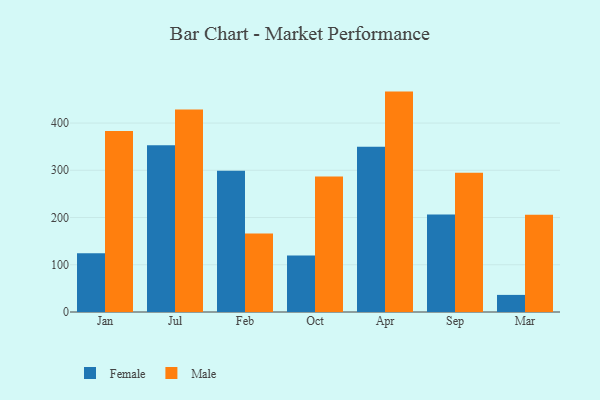
{"axis": {"x": "Month", "y": "Website Visitors"}, "legend": ["Female", "Male"], "data": [{"x": "Jan", "y": 124.6, "type": "Female"}, {"x": "Jan", "y": 383.0, "type": "Male"}, {"x": "Jul", "y": 353.2, "type": "Female"}, {"x": "Jul", "y": 428.5, "type": "Male"}, {"x": "Feb", "y": 299.2, "type": "Female"}, {"x": "Feb", "y": 166.2, "type": "Male"}, {"x": "Oct", "y": 119.4, "type": "Female"}, {"x": "Oct", "y": 286.7, "type": "Male"}, {"x": "Apr", "y": 349.6, "type": "Female"}, {"x": "Apr", "y": 466.6, "type": "Male"}, {"x": "Sep", "y": 206.4, "type": "Female"}, {"x": "Sep", "y": 294.9, "type": "Male"}, {"x": "Mar", "y": 36.2, "type": "Female"}, {"x": "Mar", "y": 206.1, "type": "Male"}]}